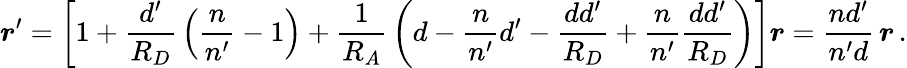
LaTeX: \boldsymbol r^{\prime}=\left[1+{\frac{d^{\prime}}{R_{D}}}\left({\frac{n}{n^{\prime}}}-1\right)+{\frac{1}{R_{A}}}\left(d-{\frac{n}{n^{\prime}}}d^{\prime}-{\frac{dd^{\prime}}{R_{D}}}+{\frac{n}{n^{\prime}}}{\frac{dd^{\prime}}{R_{D}}}\right)\right]\boldsymbol r={\frac{nd^{\prime}}{n^{\prime}d}}\, \boldsymbol r\, .